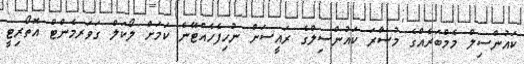
ކައުންސިލް މެމްބަރެއްގެ މުސާރަ ކައުންސިލްގެ ރައީސަށް ނުހިފެހެއްޓޭނެ ކަމަށް ލޯކަލް ގަވަރމެންޓް އޮތޯރިޓީ